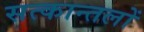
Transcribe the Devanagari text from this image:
सत्कान्तलों